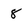
Character: 8